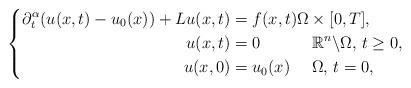
LaTeX: \begin{align*}\left\{\begin{aligned}\partial_{t}^{\alpha}(u(x,t)-u_{0}(x)) + Lu(x,t) & = f(x,t) \Omega\times[0,T], \\u(x,t) & = 0 \quad\quad\quad\, \mathbb{R}^{n}\backslash\Omega, \, t\geq 0, \\u(x,0) & = u_{0}(x) \quad\,\, \Omega,\, t = 0,\end{aligned}\right.\end{align*}